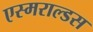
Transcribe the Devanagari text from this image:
एस्मराल्डस